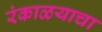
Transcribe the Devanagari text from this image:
रंकाळयाचा